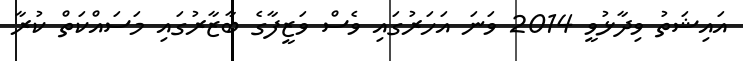
އައިޝަތު ވިދާޅުވީ 2014 ވަނަ އަހަރުގައި ވެސް ވަޒީފާގެ ބާޒާރުގައި މަސައްކަތް ކުރާ